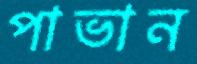
পাভান